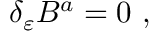
\delta _ { \varepsilon } B ^ { a } = 0 ~ ,